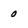
Character: 0